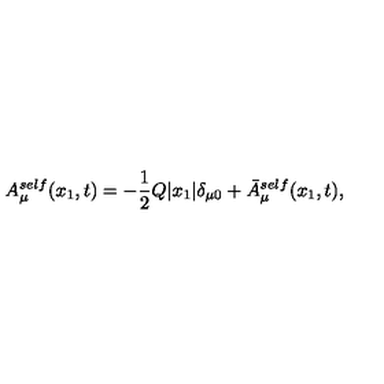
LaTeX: A _ { \mu } ^ { s e l f } ( x _ { 1 } , t ) = - \frac { 1 } { 2 } Q | x _ { 1 } | { \delta } _ { { \mu } 0 } + \bar { A } _ { \mu } ^ { s e l f } ( x _ { 1 } , t ) ,